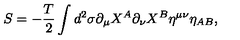
S = - \frac { T } { 2 } \int d ^ { 2 } \sigma \partial _ { \mu } X ^ { A } \partial _ { \nu } X ^ { B } \eta ^ { \mu \nu } \eta _ { A B } ,